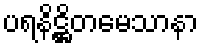
ပရနိဋ္ဌိတမေသာနာ